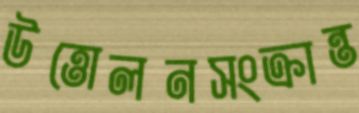
উত্তোলনসংক্রান্ত